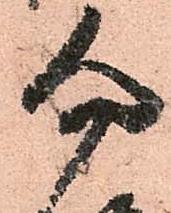
勿